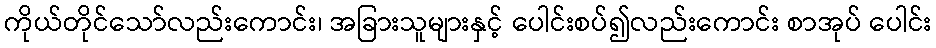
ကိုယ်တိုင်သော်လည်းကောင်း၊ အခြားသူများနှင့် ပေါင်းစပ်၍လည်းကောင်း စာအုပ် ပေါင်း